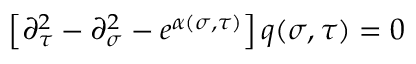
\left[ \partial _ { \tau } ^ { 2 } - \partial _ { \sigma } ^ { 2 } - e ^ { \alpha ( \sigma , \tau ) } \right] q ( \sigma , \tau ) = 0